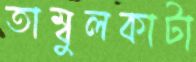
তাম্বুলকাটা